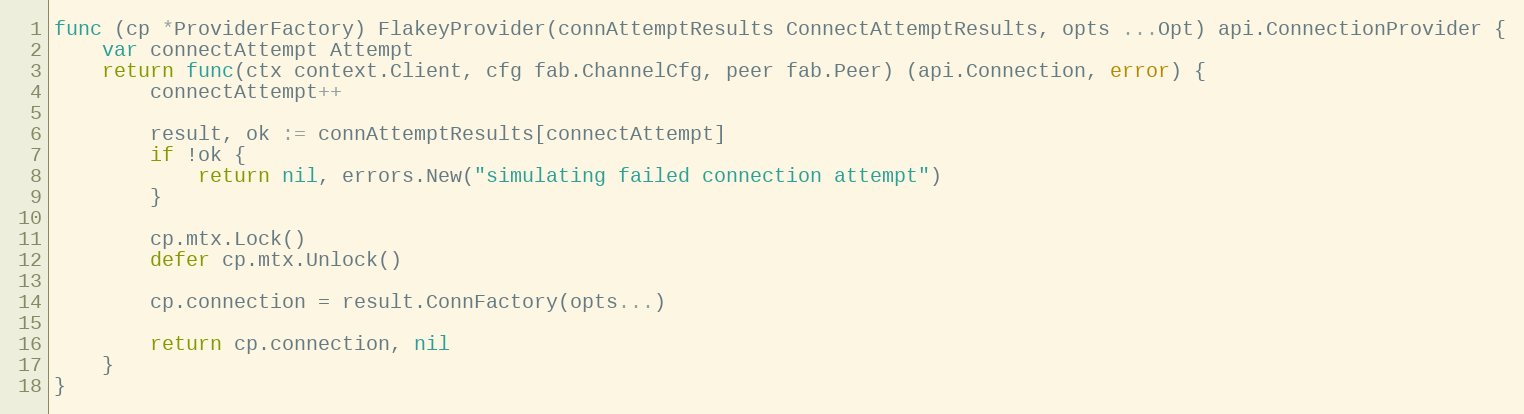
Language: Go
func (cp *ProviderFactory) FlakeyProvider(connAttemptResults ConnectAttemptResults, opts ...Opt) api.ConnectionProvider {
	var connectAttempt Attempt
	return func(ctx context.Client, cfg fab.ChannelCfg, peer fab.Peer) (api.Connection, error) {
		connectAttempt++

		result, ok := connAttemptResults[connectAttempt]
		if !ok {
			return nil, errors.New("simulating failed connection attempt")
		}

		cp.mtx.Lock()
		defer cp.mtx.Unlock()

		cp.connection = result.ConnFactory(opts...)

		return cp.connection, nil
	}
}